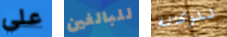
علي للبالغين للوكالة